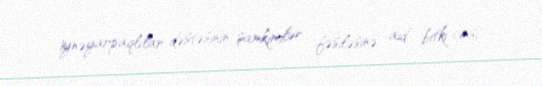
i̇ynəyarpaqlılar dəstəsinin şamkimilər fəsiləsinə aid bitki cinsi.